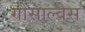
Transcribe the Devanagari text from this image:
गोंसाल्वेस